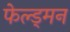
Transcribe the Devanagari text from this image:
फेल्ड्मन